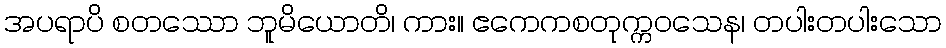
အပရာပိ စတဿော ဘူမိယောတိ၊ ကား။ ဧကေကစတုက္ကဝသေန၊ တပါးတပါးသော